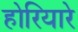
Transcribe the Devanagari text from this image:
होरियारे